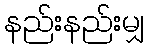
နည်းနည်းမျှ